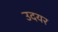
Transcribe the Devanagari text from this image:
उदयर